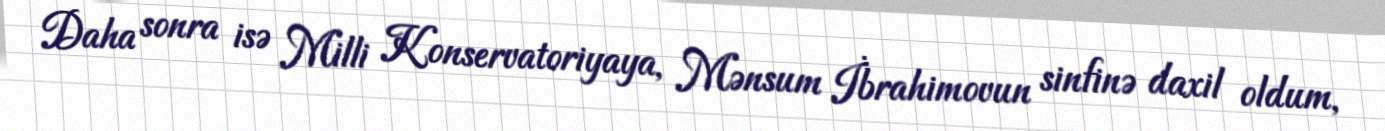
Daha sonra isə Milli Konservatoriyaya, Mənsum İbrahimovun sinfinə daxil oldum,